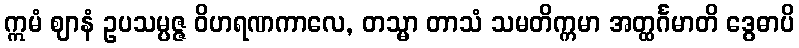
ဣမံ ဈာနံ ဥပသမ္ပဇ္ဇ ဝိဟရဏကာလေ, တသ္မာ တာသံ သမတိက္ကမာ အတ္ထင်္ဂမာတိ ဒွေဓာပိ